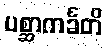
ပစ္ဆာကင်္ခတိ